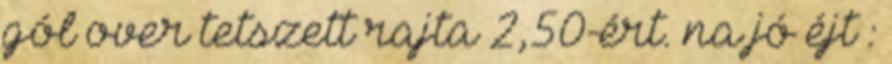
gól over tetszett rajta 2,50-ért. na jó éjt :